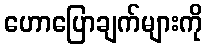
ဟောပြောချက်များကို